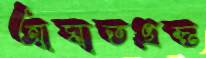
আঘাতগ্রস্ত